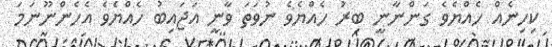
ކިހިނެއް ހެއްޔެވެ ގަންނާނީ ބިރު ހެއްޔެވެ ނުވަތަ ވާނީ އަޖައިބު ހެއްޔެވެ އެހެންނޫނަމަ